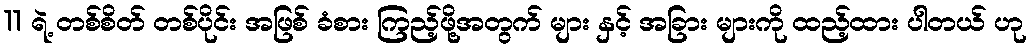
11 ရဲ့ တစ်စိတ် တစ်ပိုင်း အဖြစ် ခံစား ကြည့်ဖို့အတွက် များ နှင့် အခြား များကို ထည့်ထား ပါတယ် ဟု